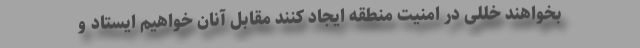
بخواهند خللی در امنیت منطقه ایجاد کنند مقابل آنان خواهیم ایستاد و